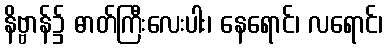
နိဗ္ဗာန်၌ ဓာတ်ကြီးလေးပါး၊ နေရောင်၊ လရောင်၊